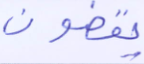
بوتان